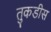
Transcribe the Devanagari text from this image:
तुकडीस